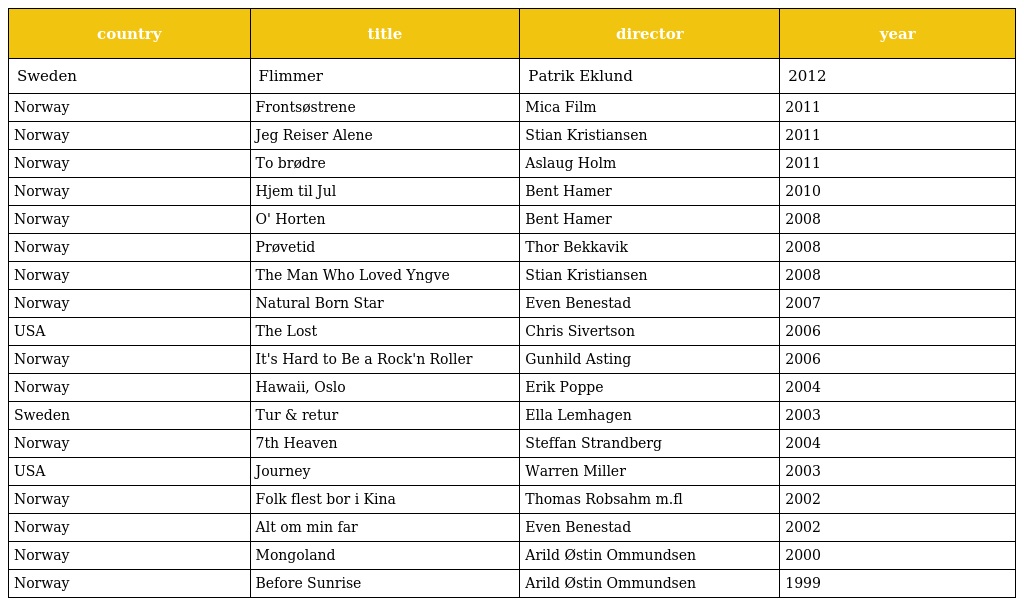
| country | title | director | year |
 | --- | --- | --- | --- |
 | Sweden | Flimmer | Patrik Eklund | 2012 |
 | Norway | Frontsøstrene | Mica Film | 2011 |
 | Norway | Jeg Reiser Alene | Stian Kristiansen | 2011 |
 | Norway | To brødre | Aslaug Holm | 2011 |
 | Norway | Hjem til Jul | Bent Hamer | 2010 |
 | Norway | O' Horten | Bent Hamer | 2008 |
 | Norway | Prøvetid | Thor Bekkavik | 2008 |
 | Norway | The Man Who Loved Yngve | Stian Kristiansen | 2008 |
 | Norway | Natural Born Star | Even Benestad | 2007 |
 | USA | The Lost | Chris Sivertson | 2006 |
 | Norway | It's Hard to Be a Rock'n Roller | Gunhild Asting | 2006 |
 | Norway | Hawaii, Oslo | Erik Poppe | 2004 |
 | Sweden | Tur & retur | Ella Lemhagen | 2003 |
 | Norway | 7th Heaven | Steffan Strandberg | 2004 |
 | USA | Journey | Warren Miller | 2003 |
 | Norway | Folk flest bor i Kina | Thomas Robsahm m.fl | 2002 |
 | Norway | Alt om min far | Even Benestad | 2002 |
 | Norway | Mongoland | Arild Østin Ommundsen | 2000 |
 | Norway | Before Sunrise | Arild Østin Ommundsen | 1999 |